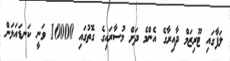
ލަފާގައި ޓޫރިޒަމް ދާއިރާގެ އެންމެ ދަށް މުސާރައިގެ ގޮތުގައި 10000 ވަނީ ކަނޑައަޅަން